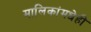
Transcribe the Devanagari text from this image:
मालिकांमधेही